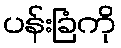
ပန်းခြံကို